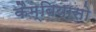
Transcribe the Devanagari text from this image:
कैम्बियासो